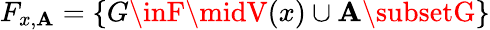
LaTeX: F_{x,\mathbf{A}}=\{ G\inF\midV(x)\cup\mathbf{A}\subsetG\}